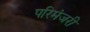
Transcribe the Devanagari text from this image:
परिमंजरी